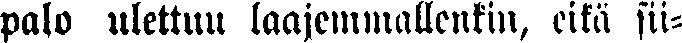
palo ulettuu laajemmallenkin, eikä sii-